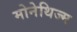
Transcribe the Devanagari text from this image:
मोनेथिज्म